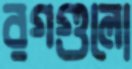
রগগুলো